Source: Computer-generated
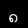
Digit: ၈ (8)